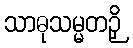
သာဓုသမ္မတဉှိ